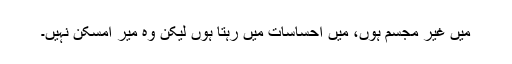
میں غیر مجسم ہوں، میں احساسات میں رہتا ہوں لیکن وہ میر امسکن نہیں۔